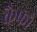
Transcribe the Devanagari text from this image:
कैफो